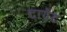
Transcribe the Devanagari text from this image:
टागेंट